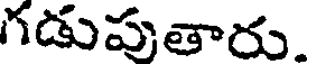
గడుపుతారు.